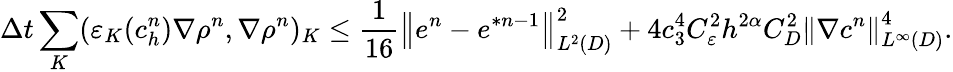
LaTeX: \Delta t\sum_{K}(\varepsilon_{K}(c_{h}^{n})\nabla\rho^{n},\nabla\rho^{n})_{K}\leq\frac{1}{16}\left\Vert e^{n}-e^{\ast n-1}\right\Vert_{L^{2}(D)}^{2}+4c_{3}^{4}C_{\varepsilon}^{2}h^{2\alpha}C_{D}^{2}\left\Vert\nabla c^{n}\right\Vert_{L^{\infty}(D)}^{4}.